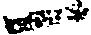
一